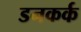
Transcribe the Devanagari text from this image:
डनकर्क